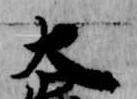
大